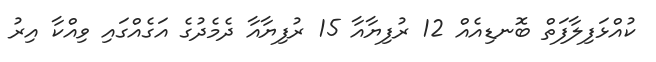
ކުއްޅަފިލާފަތް ބޮނޑިއެއް 12 ރުފިޔާއާ 15 ރުފިޔާއާ ދެމެދުގެ އަގެއްގައި ވިއްކާ އިރު